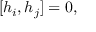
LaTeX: [ h _ { i } , h _ { j } ] = 0 ,